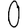
Digit: 0